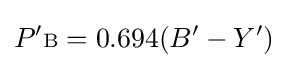
P'{\scriptstyle {\text{B}}}=0.694(B'-Y')